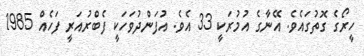
ހީރޯގެ ގޮތުގައެވެ. އޭނާގެ އުމުރަކީ 33 އެވެ. އުފަންދުވަހަކީ ފެބްރުއަރީ ފަހެއް 1985